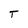
Character: T